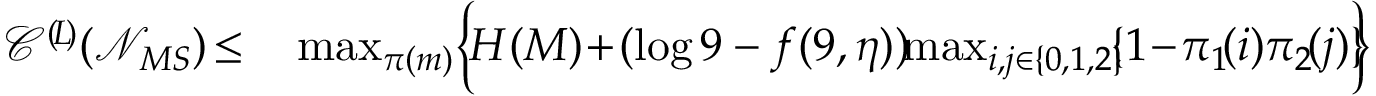
\begin{array} { r l } { \mathscr { C } ^ { ( \! L \! ) } ( \mathcal { N } _ { M S } ) \! \leq } & { { } \operatorname* { m a x } _ { \pi ( m ) } \Bigl \{ \! H ( M ) \! + \! ( \log 9 - f ( 9 , \eta ) ) \! \! \operatorname* { m a x } _ { i , j \in \{ 0 , 1 , 2 \} } \! \! \{ 1 \! - \! \pi _ { 1 } \! ( i ) \pi _ { 2 } \! ( j ) \} \! \! \Bigr \} } \end{array}